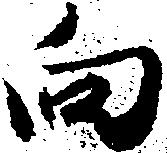
向